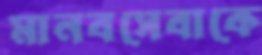
মানবসেবাকে